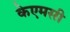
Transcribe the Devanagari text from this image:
केएमसी